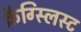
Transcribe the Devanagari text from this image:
क्रैग्स्लिस्ट